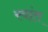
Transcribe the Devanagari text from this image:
स्वांत